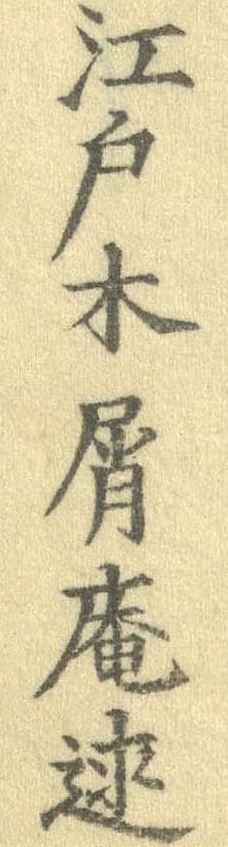
江戸木屑庵述